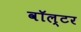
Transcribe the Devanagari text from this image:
वॉल्‍टर